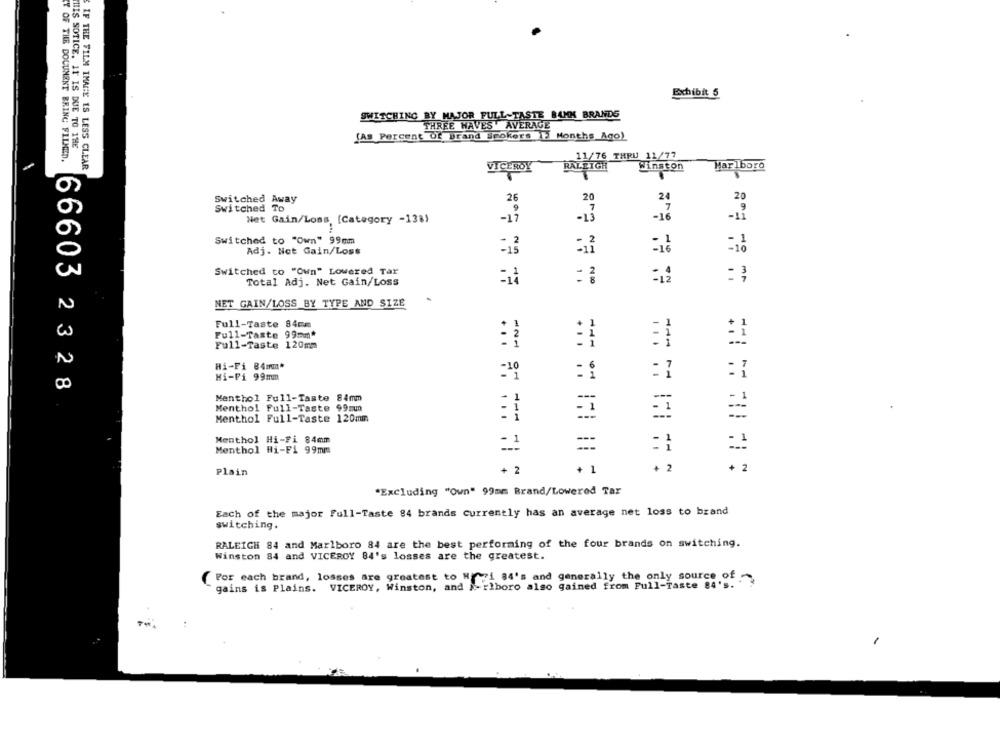
Exhibit 5
SWITCHING BY MAJOR FULL-TASTE BAMK BRANDS
THREE HAVES AVERAGE
(AS Percent of Brand Spokers 1 Months Ago)
HIS SOTICE. IT IS DUE TO THE
Y OF THE DOCUMENT BRING FILMED.
11/76 THRU 11/77
IF THE FILM IMAGE IS LESS CLEAR
VICEROY
RALEIGH
Marlboro
Winston
26
20
24
Switched Away
20
Switched To
9
-17
-16
Net Gain/Loss [Category -138)
Switched to "Own" 99mm
:2
-16
Adj. Net Gain/Loss
Switched to "Own" Lowered Tar
Total Adj. Net Gain/Loss
: :
=12
NET GAIN/LOSS BY TYPE AND SIZE
Full-Taste 84mm
Full-Taste 99mm*
Full-Taste 120mm
Hi-Fi 84mm*
Hi-Fi 99mm
=20
:1
66603 2328
Menthol Full-Taste 84mm
Menthol Full-Taste 99mm
Menthol Full-Taste 120mm
Menthol Hi-Fi 84mm
- 1
Menthol Hi-Fi 99mm
-1
Plain
+ 2
+ 1
+ 2
+ 2
"Excluding "Own" 99mm Brand/Lowered Tar
Each of the major Full-Taste 84 brands currently has an average net loss to brand
switching.
RALEIGH 84 and Marlboro 84 are the best performing of the four brands on switching.
Winston 84 and VICEROY 84's losses are the greatest.
For each brand, losses are greatest to Howi 84's and generally the only source of -
-rlboro also gained from Full-Taste 84's.
gains is Plains. VICEROY, Winston, and